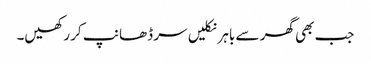
جب بھی گھر سے باہر نکلیں سر ڈھانپ کر رکھیں۔